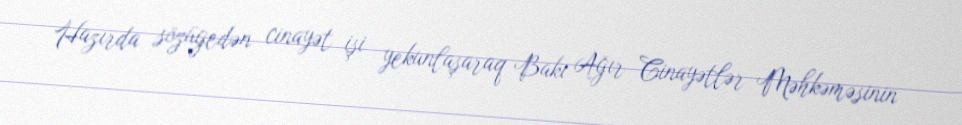
Hazırda sözügedən cinayət işi yekunlaşaraq Bakı Ağır Cinayətlər Məhkəməsinin